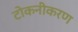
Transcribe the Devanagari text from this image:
टोकनीकरण